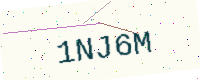
Text: 1NJ6M